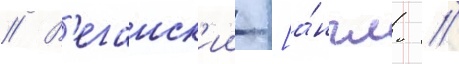
// В'еганск'ии [а́нгл. //